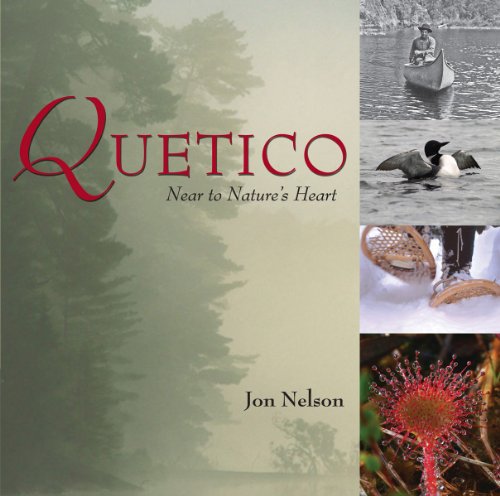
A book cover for Quetico: Near to Nature's Heart; Jon Nelson; Travel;